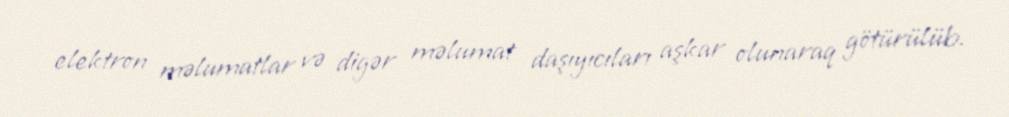
elektron məlumatlar və digər məlumat daşıyıcıları aşkar olunaraq götürülüb.